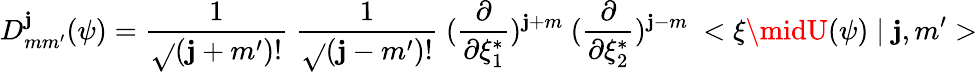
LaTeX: D_{mm^{\prime}}^{\mathbf{j}}(\psi)=\frac{{1}}{{\sqrt{}{{(\mathbf{j}+m^{\prime})!}}}}~\frac{{1}}{{\sqrt{}{{(\mathbf{j}-m^{\prime})!}}}}~(\frac{{\partial}}{{\partial\xi_{1}^{*}}})^{\mathbf{j}+m}~(\frac{{\partial}}{{\partial\xi_{2}^{*}}})^{\mathbf{j}-m}~<\xi\midU(\psi)\mid\mathbf{j},m^{\prime}>